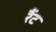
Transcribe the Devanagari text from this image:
रैंट